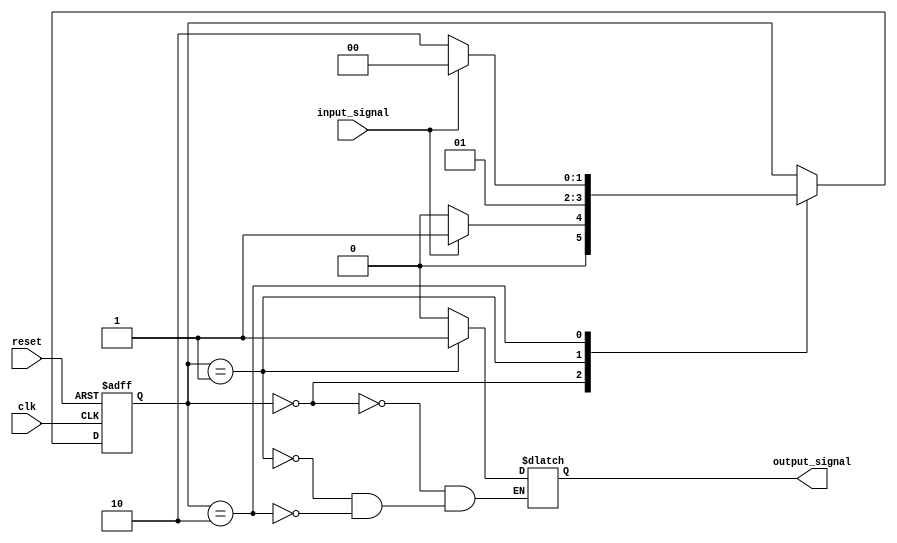
module Mealy_State_Machine (
    input clk,
    input reset,
    input input_signal,
    output reg output_signal
);

// Define states
parameter STATE_1 = 2'b00;
parameter STATE_2 = 2'b01;
parameter STATE_3 = 2'b10;

// Define wait states
parameter WAIT_CYCLES = 3;

// Define state register
reg [1:0] state_reg;
reg wait_count;

// State machine logic
always @(posedge clk or posedge reset) begin
    if (reset) begin
        state_reg <= STATE_1;
        wait_count <= 0;
    end else begin
        case(state_reg)
            STATE_1: begin
                if (input_signal) begin
                    state_reg <= STATE_2;
                    wait_count <= 0;
                end else begin
                    state_reg <= STATE_1;
                    wait_count <= wait_count + 1;
                end
            end
            STATE_2: begin
                if (wait_count == WAIT_CYCLES) begin
                    state_reg <= STATE_3;
                    wait_count <= 0;
                end else begin
                    state_reg <= STATE_2;
                    wait_count <= wait_count + 1;
                end
            end
            STATE_3: begin
                if (input_signal) begin
                    state_reg <= STATE_1;
                    wait_count <= 0;
                end else begin
                    state_reg <= STATE_3;
                    wait_count <= wait_count + 1;
                end
            end
        endcase
    end
end

// Output logic
always @(*) begin
    case(state_reg)
        STATE_1: output_signal = 1'b0;
        STATE_2: output_signal = 1'b1;
        STATE_3: output_signal = 1'b0;
    endcase
end

endmodule